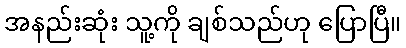
အနည်းဆုံး သူ့ကို ချစ်သည်ဟု ပြောပြီ။